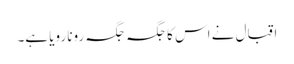
اقبال نے اس کا جگہ جگہ رونا رویا ہے۔